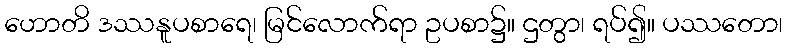
ဟောတိ ဒဿနူပစာရေ၊ မြင်လောက်ရာ ဥပစာ၌။ ဌတွာ၊ ရပ်၍။ ပဿတော၊